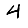
Digit: 4